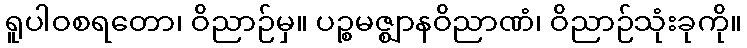
ရူပါဝစရတော၊ ဝိညာဉ်မှ။ ပဉ္စမဇ္ဈာနဝိညာဏံ၊ ဝိညာဉ်သုံးခုကို။